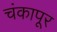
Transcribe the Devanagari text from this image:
चंकापूर